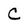
Character: C